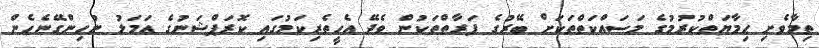
ތިމާވެށި ޙިމާޔަތްކުރުމުގެ މަސައްކަތްތަކަށް ބޭރުގެ ފަރާތްތަކުން ވެދޭ އެހީތެރިކަމުގައި ކޮރަޕްޝަނުގެ ޢަމަލު ނުހިންގޭނެހެން